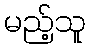
မည့်သူ